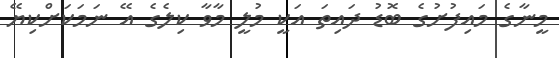
މީނާގެ މައިފުށުގެ ބޮޑު ދައިތަ އަކީ މުލީ މާވާ ކިލެގެ އޭ ނަމަކަށްކިޔޭ